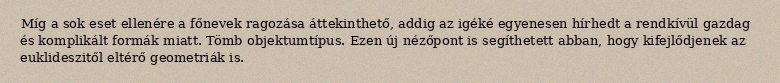
Míg a sok eset ellenére a főnevek ragozása áttekinthető, addig az igéké egyenesen hírhedt a rendkívül gazdag és komplikált formák miatt. Tömb objektumtípus. Ezen új nézőpont is segíthetett abban, hogy kifejlődjenek az euklideszitől eltérő geometriák is.